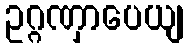
ဥဂ္ဂဏှာပေယျ